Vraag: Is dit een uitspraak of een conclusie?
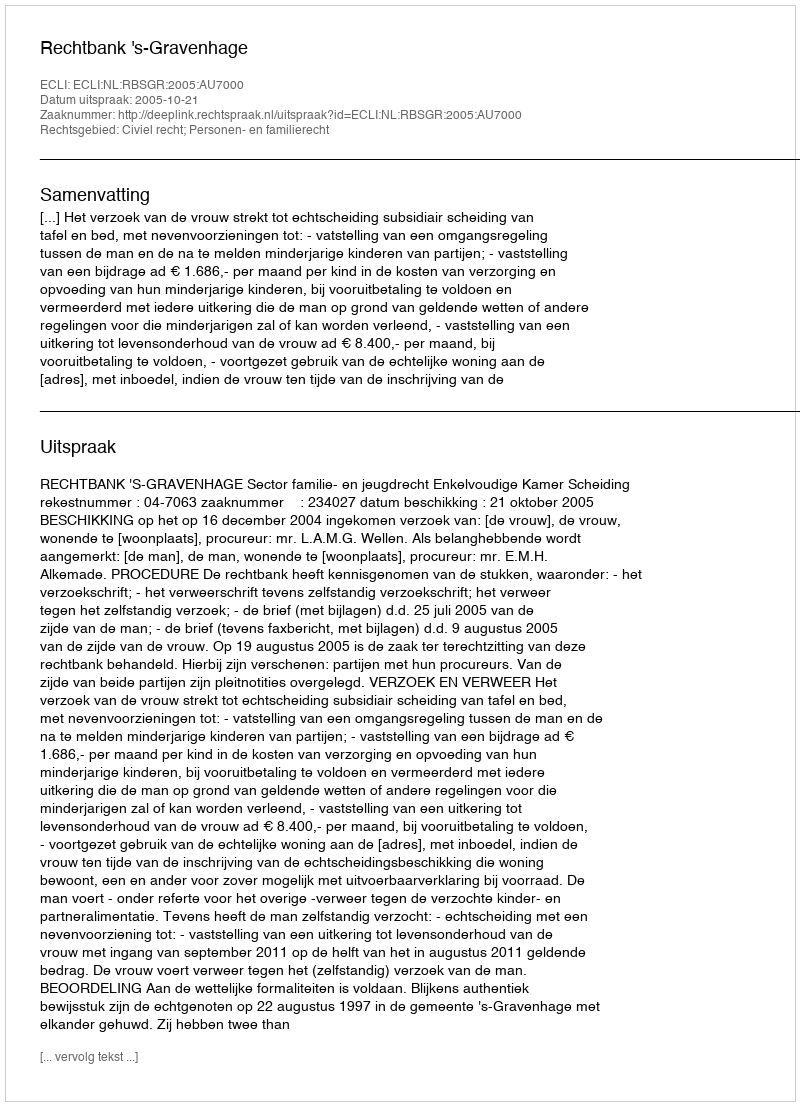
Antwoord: Uitspraak